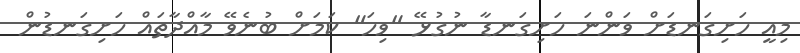
މިއީ ހަށިގަނޑަށް ވަންނަ ހަށިގަނޑާ ނުގުޅޭ "ވިހަ" ކަމަށް ބުނެވޭ މާއްދާތައް ހަށިގަނޑުން